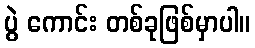
ပွဲ ကောင်း တစ်ခုဖြစ်မှာပါ။